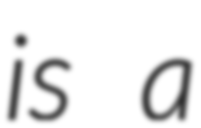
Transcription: is a